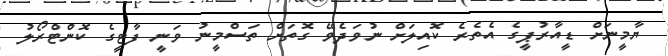
ޔާމީނަށް ޑީއާރުޕީގެ އެތެރެ ކޮއިލަށް ނުވަދެވޭ ގޮތަށް ތަސްމީނު ވަނީ ފާޓީގެ ކޮންޓްރޯލު